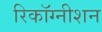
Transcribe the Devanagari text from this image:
रिकाॅग्नीशन